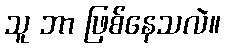
သူ ဘာ ဖြစ်နေသလဲ။